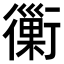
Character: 𧘀